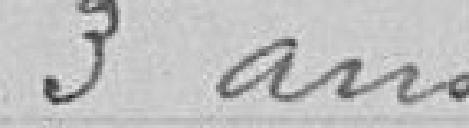
3 ans